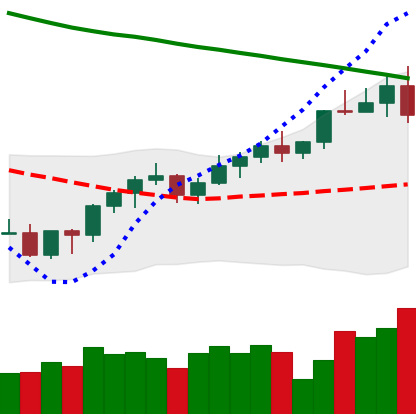
Ticker: BNB-USD
Chart end date: 2022-03-31
Forward return: 3.79%
Label: up_3_5